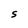
Character: S